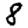
Digit: 8